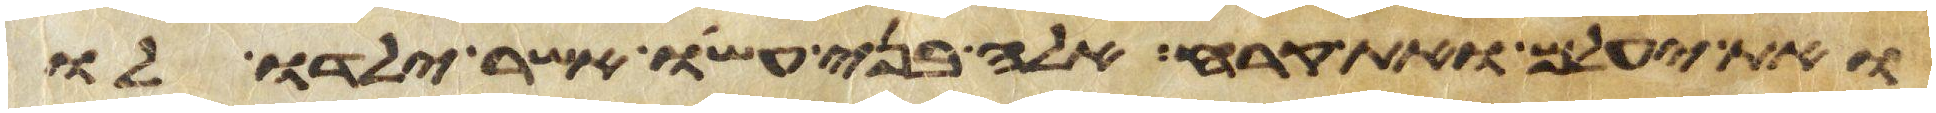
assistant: ואת יעלם ואת קרח אלה בני עשו אשר ילדו לו